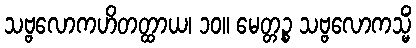
သဗ္ဗလောကဟိတတ္ထာယ၊ ၁၀။ မေတ္တဉ္စ သဗ္ဗလောကသ္မိံ